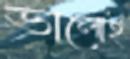
ভালোই